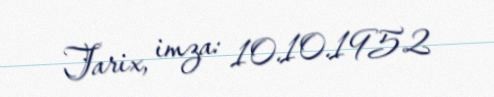
Tarix, imza: 10.10.1952